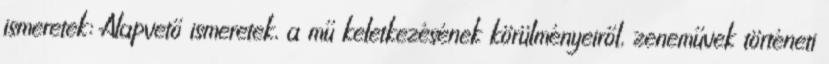
ismeretek: Alapvető ismeretek, a mű keletkezésének körülményeiről, zeneművek történeti